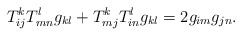
\begin{align*}T_{ij}^kT_{mn}^lg_{kl}+T_{mj}^kT_{in}^lg_{kl}=2g_{im}g_{jn}. \end{align*}